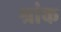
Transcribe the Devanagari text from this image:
श्रांक